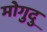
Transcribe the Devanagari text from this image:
मोगुदु